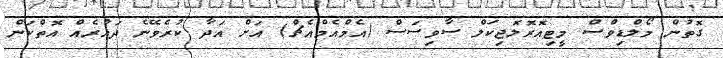
ގޮތުން މޯލްޑިވްސް މީޓިއޮރޮލޮޖިކަލް ސާވިސަސް (އެމްއެމްއެޗް) އަށް އަދާ ކުރެވޭނެ ދައުރެއް އޮތްކަން